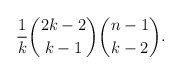
\begin{align*} \frac1k\binom{2k-2}{k-1}\binom{n-1}{k-2}. \end{align*}